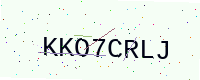
Text: KKO7CRLJ